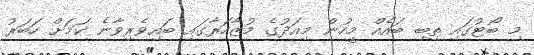
މި ބޯޓުގައި ތިބި ބައެއް މީހުން މިއަދުގެ މުޒާހަރާގައި ބައިވެރިވާނެ ކަމަށް ހަބަރު